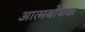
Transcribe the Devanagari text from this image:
आत्मबोधक